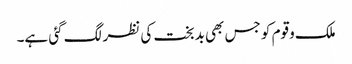
ملک وقوم کو جس بھی بدبخت کی نظر لگ گئی ہے۔